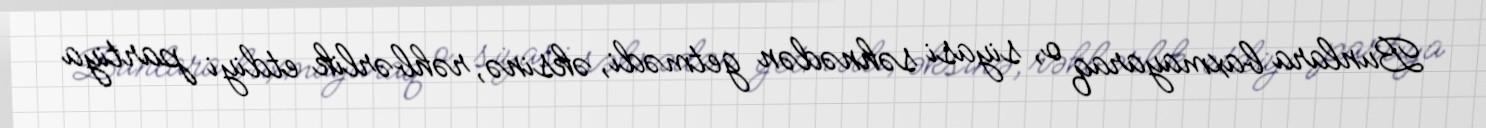
Bunlara baxmayaraq o, siyasi səhnədən getmədi, əksinə, rəhbərlik etdiyi partiya